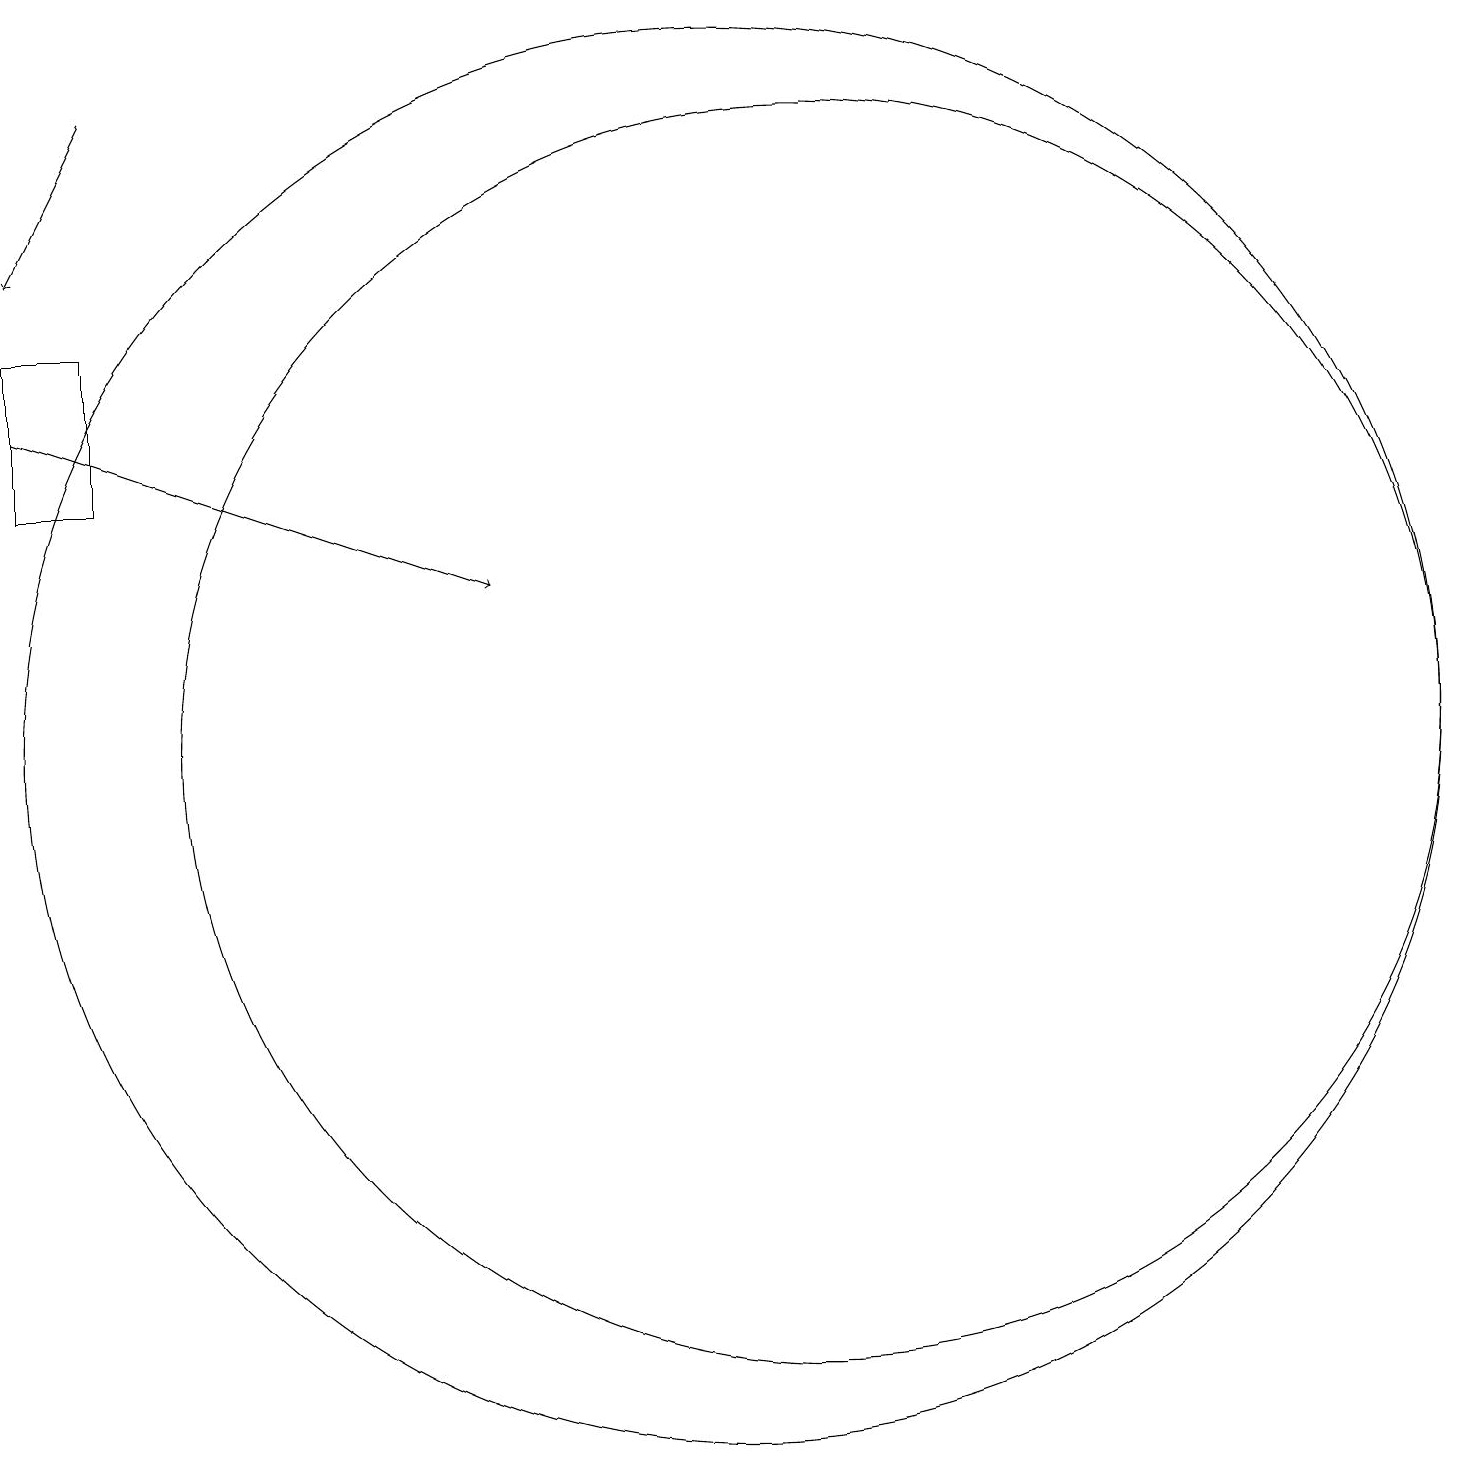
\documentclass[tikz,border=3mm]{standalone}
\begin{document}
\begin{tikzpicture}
\draw (11,11) circle (8);
\draw[->] (1,15) -- (7,13);
\draw (1,16) rectangle (2,14);
\draw[->] (2,19) -- (1,17);
\draw (10,11) circle (9);
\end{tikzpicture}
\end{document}